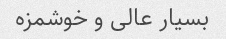
بسیار عالى و خوشمزه